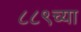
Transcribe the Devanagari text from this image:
८८९च्या